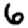
Digit: 6